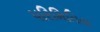
પરિમિતિય